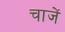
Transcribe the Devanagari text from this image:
चाजें